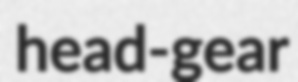
head-gear